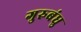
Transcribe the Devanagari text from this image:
गुरुबंधु